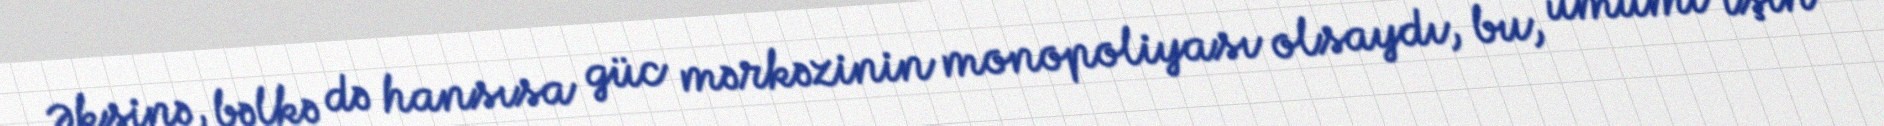
Əksinə, bəlkə də hansısa güc mərkəzinin monopoliyası olsaydı, bu, ümumi işin